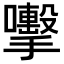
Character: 𭣈